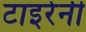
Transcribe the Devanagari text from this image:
टाइरेनी